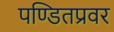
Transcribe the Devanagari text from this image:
पण्डितप्रवर